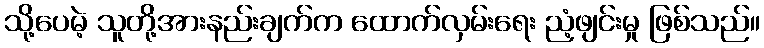
သို့ပေမဲ့ သူတို့အားနည်းချက်က ထောက်လှမ်းရေး ညံ့ဖျင်းမှု ဖြစ်သည်။